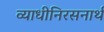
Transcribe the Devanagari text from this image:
व्याधीनिरसनार्थ